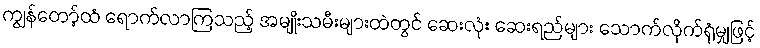
ကျွန်တော့်ထံ ရောက်လာကြသည့် အမျိုးသမီးများထဲတွင် ဆေးလုံး ဆေးရည်များ သောက်လိုက်ရုံမျှဖြင့်